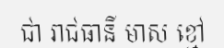
ជា រាជធានី មាស ខ្មៅ